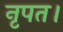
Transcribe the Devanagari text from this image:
नृपत।